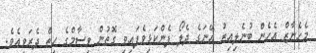
މެހެނާޒް އެހެން ބުނެލިއިރު އޭނަގެ ދެލޯ ފެންކަޅިވެފައިވި ގޮތުން ވިސާމްގެ ހިތް ދެރަވިއެވެ.